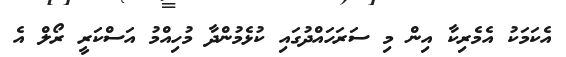
އެކަމަކު އެމެރިކާ އިން މި ސަރަހައްދުގައި ކުޅެމުންދާ މުހިއްމު އަސްކަރީ ރޯލް އެ